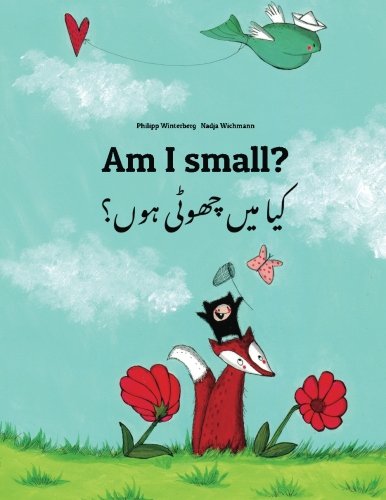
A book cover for Am I small? Kaa man chhewta hewn?: Children's Picture Book English-Urdu (Dual Language/Bilingual Edition) (Urdu Edition); Philipp Winterberg; Children's Books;